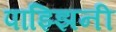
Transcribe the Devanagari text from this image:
पाझ्झिनी